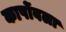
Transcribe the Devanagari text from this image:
कार्पोवला